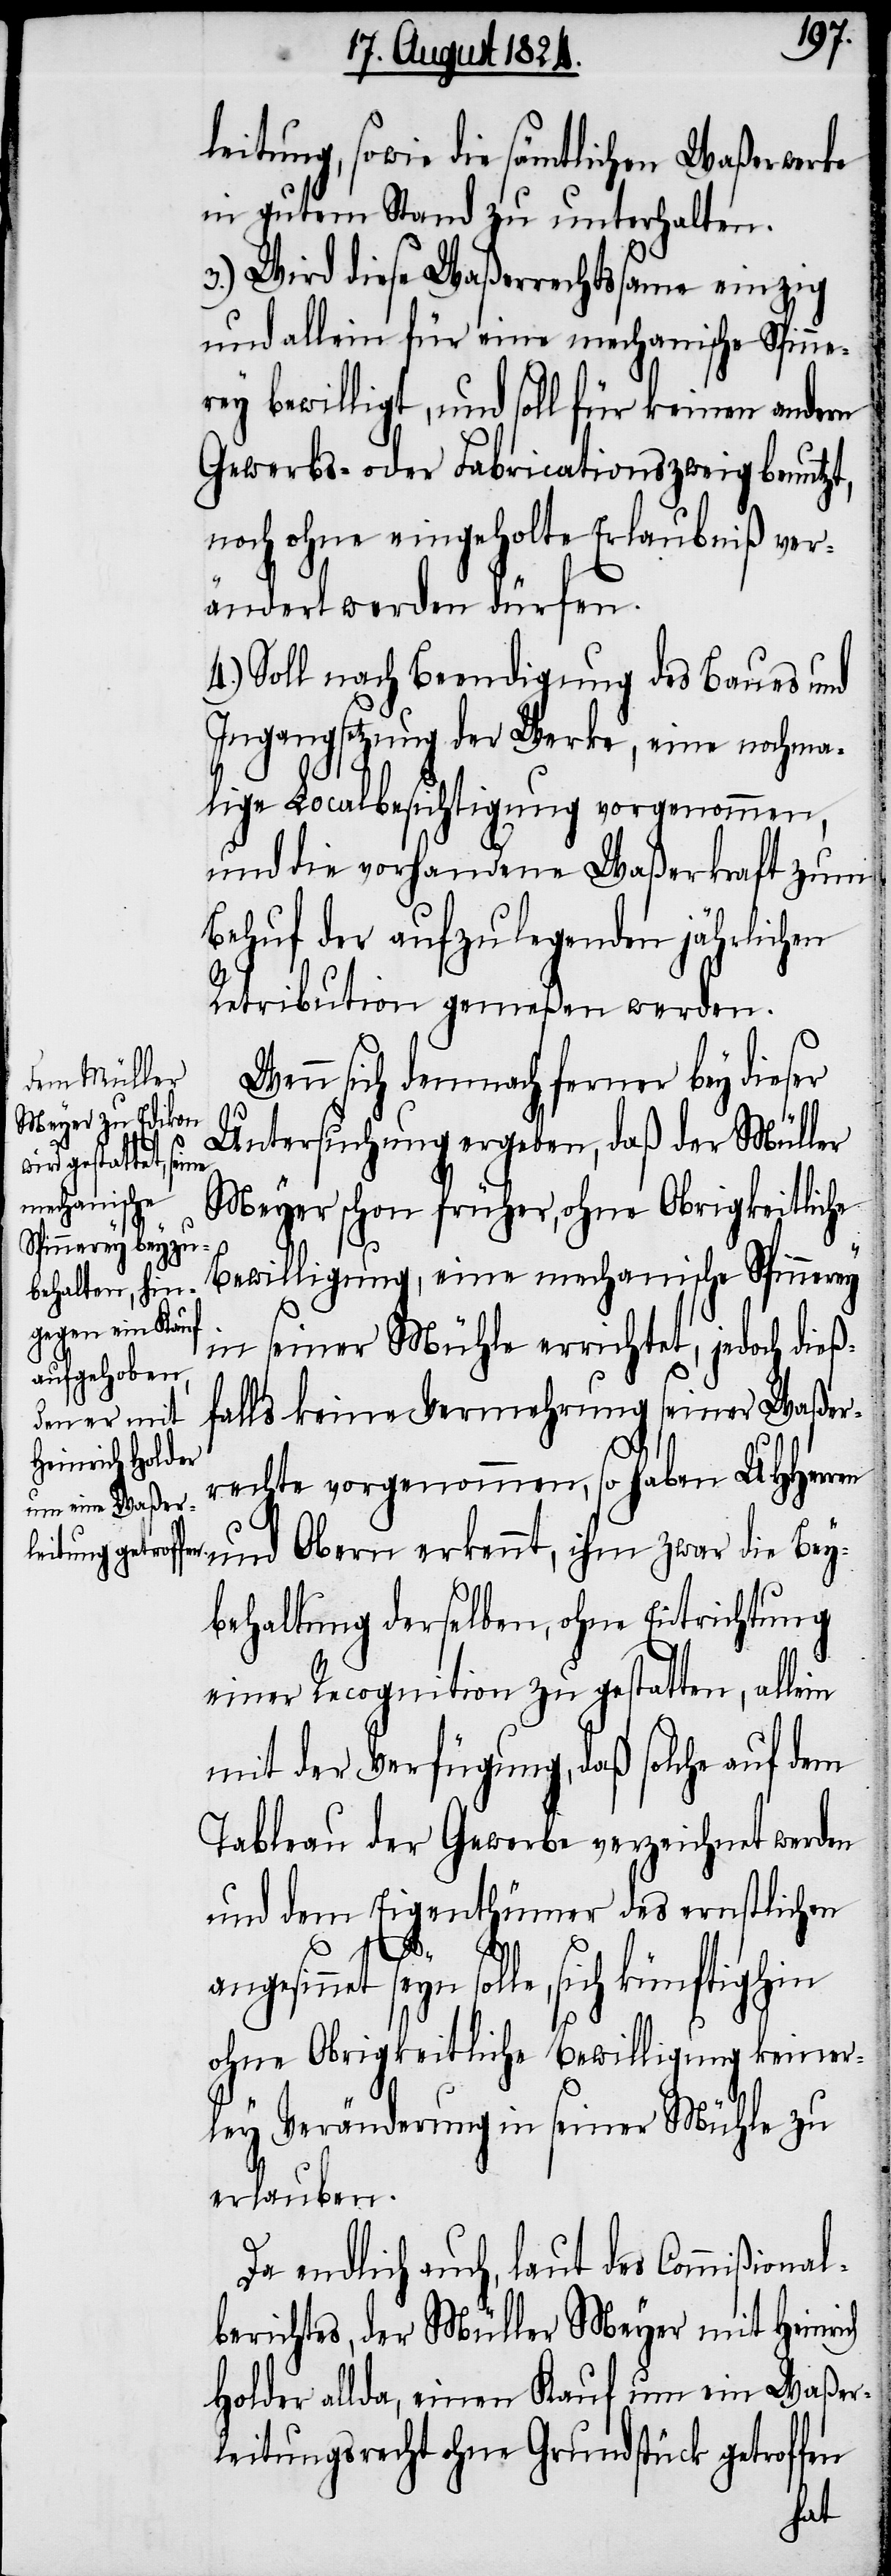
leitung, sowie die sämtlichen Waßerwerke
in gutem Stand zu unterhalten.
3.) Wird diese Waßerrechtsame einzig
und allein für eine mechanische Spinne¬
rey bewilligt, und soll für keinen andern
Gewerbs- oder Fabricationszweig benutzt,
noch ohne eingeholte Erlaubniß ver¬
ändert werden dürfen.
4.) Soll nach Beendigung des Baues und
Ingangsetzung der Werke, eine nochma¬
lige Localbesichtigung vorgenommen,
und die vorhandene Waßerkraft zum
Behuf der aufzulegenden jährlichen
Retribution gemeßen werden.
Wenn sich demnach ferner bey dieser
Untersuchung ergeben, daß der Müller
Meyer schon früher, ohne Obrigkeitliche
Bewilligung, eine mechanische Spinnerey
in seiner Mühle errichtet, jedoch dieß¬
falls keine Vermehrung seiner Waßer¬
rechte vorgenommen, so haben UHHer¬
ren und Obern erkennt, ihm zwar die Bey¬
behaltung derselben, ohne Entrichtung
einer Recognition zu gestatten, allein
mit der Verfügung, daß solche auf dem
Tableau der Gewerbe verzeichnet werden
und dem Eigenthümer des ernstlichen
seyn solle,
ch
ohne Obrigkeitliche Bewilligung keiner¬
ley Veränderung in seiner Mühle zu
erlauben.
Da endlich auch, laut des Commißional¬
berichtes, der Müller Meyer mit Heinrich
Holder allda, einen Kauf um ein Waßer¬
leitungsrecht ohne Grundstück getroffen